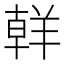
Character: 𮊪